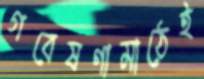
গবেষণামাঠেই